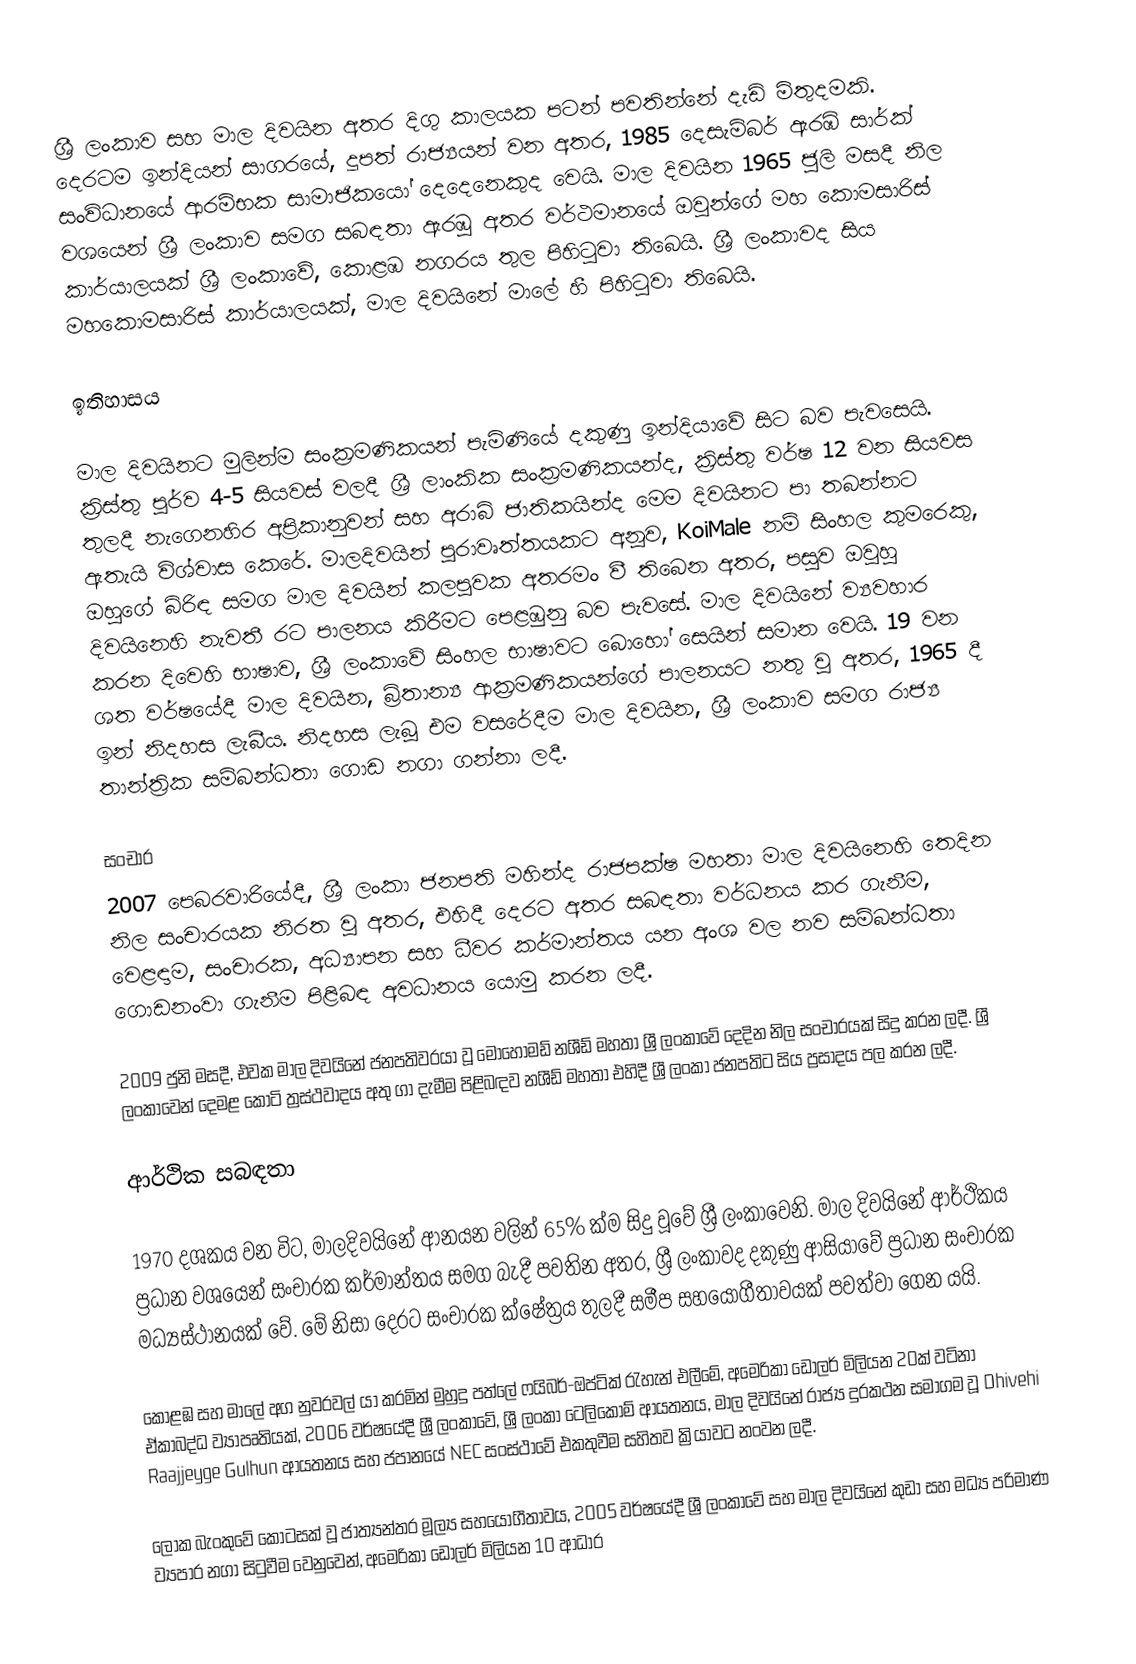
ශ්‍රී ලංකාව සහ මාල දිවයින අතර දිගු කාලයක පටන් පවතින්නේ දැඩි මිතුදමකි. දෙරටම ඉන්දියන් සාගරයේ, දූපත් රාජ්‍යයන් වන අතර, 1985 දෙසැම්බර් ඇරඹි සාර්ක් සංවිධානයේ ආරම්භක සාමාජිකයෝ දෙදෙනෙකුද වෙයි. මාල දිවයින 1965 ජුලි මසදී නිල වශයෙන් ශ්‍රී ලංකාව සමග සබඳතා ඇරඹූ අතර වර්ථමානයේ ඔවුන්ගේ මහ කොමසාරිස් කාර්යාලයක් ශ්‍රී ලංකාවේ, කොළඹ නගරය තුල පිහිටුවා තිබෙයි. ශ්‍රී ලංකාවද සිය මහකොමසාරිස් කාර්යාලයක්, මාල දිවයිනේ මාලේ හී පිහිටුවා තිබෙයි.

ඉතිහාසය

මාල දිවයිනට මුලින්ම සංක්‍රමණිකයන් පැමිණියේ දකුණු ඉන්දියාවේ සිට බව පැවසෙයි. ක්‍රිස්තු පූර්ව 4-5 සියවස් වලදී ශ්‍රී ලාංකික සංක්‍රමණිකයන්ද, ක්‍රිස්තු වර්ෂ 12 වන සියවස තුලදී නැගෙනහිර අප්‍රිකානුවන් සහ අරාබි ජාතිකයින්ද මෙම දිවයිනට පා තබන්නට ඇතැයි විශ්වාස කෙරේ. මාලදිවයින් පුරාවෘත්තයකට අනූව, KoiMale නම් සිංහල කුමරෙකු, ඔහුගේ බිරිඳ සමග මාල දිවයින් කලපුවක අතරමං වී තිබෙන අතර, පසුව ඔවුහු දිවයිනෙහි නැවතී රට පාලනය කිරීමට පෙළඹුනු බව පැවසේ. මාල දිවයිනේ ව්‍යවහාර කරන දිවෙහි භාෂාව, ශ්‍රී ලංකාවේ සිංහල භාෂාවට බොහෝ සෙයින් සමාන වෙයි. 19 වන ශත වර්ෂයේදී මාල දිවයින, බ්‍රිතාන්‍ය ආක්‍රමණිකයන්ගේ පාලනයට නතු වූ අතර, 1965 දී ඉන් නිදහස ලැබීය. නිදහස ලැබූ එම වසරේදීම මාල දිවයින, ශ්‍රී ලංකාව සමග රාජ්‍ය තාන්ත්‍රික සම්බන්ධතා ගොඩ නගා ගන්නා ලදී.

සංචාර
2007 පෙබරවාරියේදී, ශ්‍රී ලංකා ජනපති මහින්ද රාජපක්ෂ මහතා මාල දිවයිනෙහි තෙදින නිල සංචාරයක නිරත වූ අතර, එහිදී දෙරට අතර සබඳතා වර්ධනය කර ගැනීම, වෙළඳාම, සංචාරක, අධ්‍යාපන සහ ධීවර කර්මාන්තය යන අංශ වල නව සම්බන්ධතා ගොඩනංවා ගැනීම පිළිබඳ අවධානය යොමු කරන ලදී.

2009 ජුනි මසදී, එවක මාල දිවයිනේ ජනපතිවරයා වූ මොහොමඩ් නශීඩ් මහතා ශ්‍රී ලංකාවේ දෙදින නිල සංචාරයක් සිදු කරන ලදී. ශ්‍රී ලංකාවෙන් දෙමළ කොටි ත්‍රස්ථවාදය අතු ගා දැමීම පිළිබඳව නශීඩ් මහතා එහිදී ශ්‍රී ලංකා ජනපතිට සිය ප්‍රසාදය පල කරන ලදී.

ආර්ථික සබඳතා

1970 දශකය වන විට, මාලදිවයිනේ ආනයන වලින් 65% ක්ම සිදු වූවේ ශ්‍රී ලංකාවෙනි. මාල දිවයිනේ ආර්ථිකය ප්‍රධාන වශයෙන් සංචාරක කර්මාන්තය සමග බැදී පවතින අතර, ශ්‍රී ලංකාවද දකුණු ආසියාවේ ප්‍රධාන සංචාරක මධ්‍යස්ථානයක් වේ. මේ නිසා දෙරට සංචාරක ක්ෂේත්‍රය තුලදී සමීප සහයෝගීතාවයක් පවත්වා ගෙන යයි.

කොළඹ සහ මාලේ අග නුවරවල් යා කරමින් මුහුදු පත්ලේ ෆයිබර්-ඔප්ටික් රැහැන් එලීමේ, අමෙරිකා ඩොලර් මිලියන 20ක් වටිනා ඒකාබද්ධ ව්‍යාපෘතියක්, 2006 වර්ෂයේදී ශ්‍රී ලංකාවේ, ශ්‍රී ලංකා ටෙලිකොම් ආයතනය, මාල දිවයිනේ රාජ්‍ය දුරකථන සමාගම වූ Dhivehi Raajjeyge Gulhun ආයතනය සහ ජපානයේ NEC සංස්ථාවේ එකතුවීම සහිතව ක්‍රියාවට නංවන ලදී.

ලෝක බැංකුවේ කොටසක් වූ ජාත්‍යන්තර මූල්‍ය සහයෝගීතාවය, 2005 වර්ෂයේදී ශ්‍රී ලංකාවේ සහ මාල දිවයිනේ කුඩා සහ මධ්‍ය පරිමාණ ව්‍යපාර නගා සිටුවීම වෙනුවෙන්, අමෙරිකා ඩොලර් මිලියන 10 ආධාර